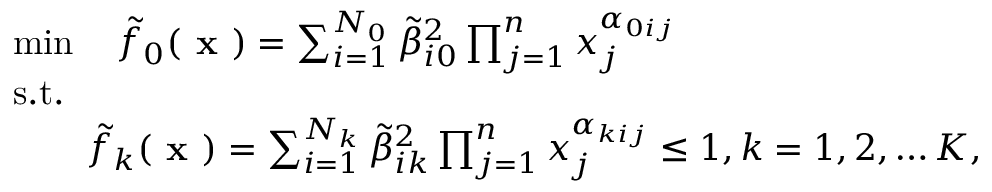
\begin{array} { r l } & { \operatorname* { m i n } \quad \tilde { f } _ { 0 } { ( \textbf { x } ) } = \sum _ { i = 1 } ^ { N _ { 0 } } { \tilde { \beta } _ { i 0 } } ^ { 2 } \prod _ { j = 1 } ^ { n } x _ { j } ^ { \alpha _ { 0 i j } } } \\ & { \mathrm { s . t . } } \\ & { \qquad \tilde { f } _ { k } { ( \textbf { x } ) } = \sum _ { i = 1 } ^ { N _ { k } } { \tilde { \beta } _ { i k } } ^ { 2 } \prod _ { j = 1 } ^ { n } x _ { j } ^ { \alpha _ { k i j } } \leq 1 , k = 1 , 2 , \ldots K , } \end{array}